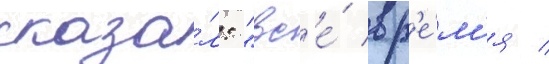
сказа́л: "вс'е́ вр'е́м'я /